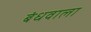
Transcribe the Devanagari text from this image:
बंधवाला